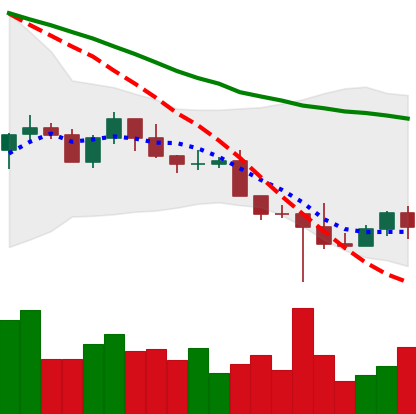
Ticker: NEO-USD
Chart end date: 2022-10-18
Forward return: 8.224%
Label: up_7plus